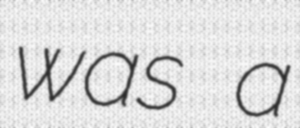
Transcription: was a